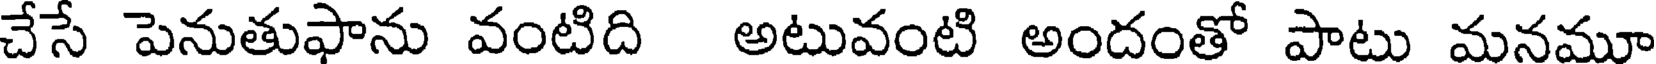
చేసే పెనుతుఫాను వంటిది అటువంటి అందంతో పాటు మనమూ